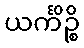
ယင်္ကိဉ္စိ